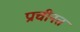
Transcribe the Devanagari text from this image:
प्राचीनत